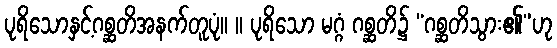
ပုရိသောနှင့်ဂစ္ဆတိအနက်တူပုံ။ ။ ပုရိသော မဂ္ဂံ ဂစ္ဆတိ၌ “ဂစ္ဆတိသွား၏”ဟု